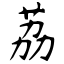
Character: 荔